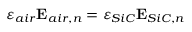
\varepsilon _ { a i r } \mathbf { E } _ { a i r , n } = \varepsilon _ { S i C } \mathbf { E } _ { S i C , n }